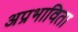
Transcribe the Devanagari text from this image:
अप्रभाविता